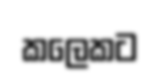
කලෙකට